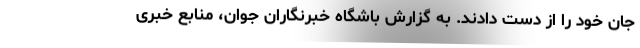
جان خود را از دست دادند. به گزارش باشگاه خبرنگاران جوان، منابع خبری